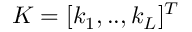
K = [ k _ { 1 } , . . , k _ { L } ] ^ { T }